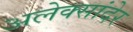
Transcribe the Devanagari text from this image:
अलेक्सांदेर